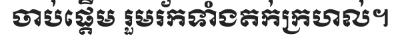
ចាប់ផ្តើម រួមរ័កទាំងតក់ក្រហល់។